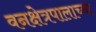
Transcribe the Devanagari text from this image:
वनक्षेत्रपालाच्या